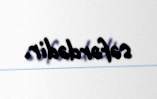
səfərdədir.